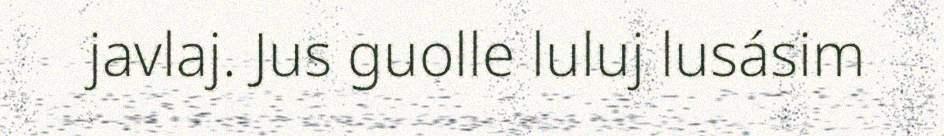
javlaj. Jus guolle luluj lusásim